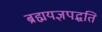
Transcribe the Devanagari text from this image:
ब्रह्मयज्ञपद्धति